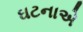
ઘટનાએ